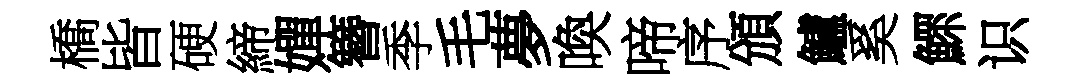
橋皆硬締嬋簪季毛夢喚啼序頒鱸奚鰥识